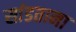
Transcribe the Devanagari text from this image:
सांडताना